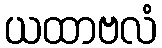
ယထာဗလံ